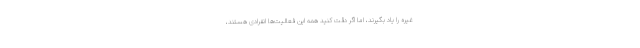
غیره را یاد بگیرند، اما اگر دقت کنید همه این فعالیت‌ها انفرادی هستند،